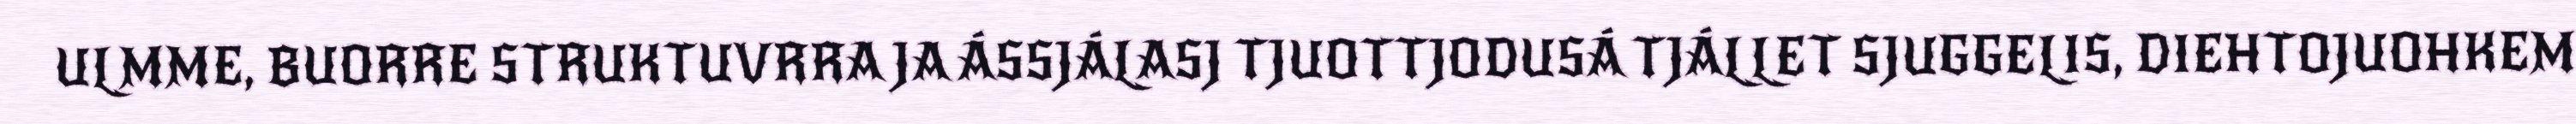
ULMME, BUORRE STRUKTUVRRA JA ÁSSJÁLASJ TJUOTTJODUSÁ TJÁLLET SJUGGELIS, DIEHTOJUOHKEM